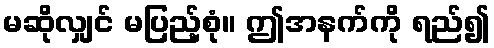
မဆိုလျှင် မပြည့်စုံ။ ဤအနက်ကို ရည်၍